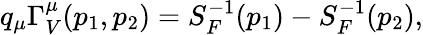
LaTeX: q_{\mu}\Gamma_{V}^{\mu}(p_{1},p_{2})=S_{F}^{-1}(p_{1})-S_{F}^{-1}(p_{2}),